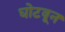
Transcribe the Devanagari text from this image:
घोटवून